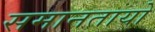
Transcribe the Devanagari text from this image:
समानतायो